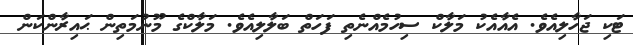
ޓަކި ޖަހާލިއެވެ. އެއާއެކު މަލާކް ސިހުމެއްނެތި ފަހަތް ބަލާލިއެވެ. މަލާކްގެ މޫނުމަތިން ޙައިރާންކަން